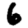
Digit: 6